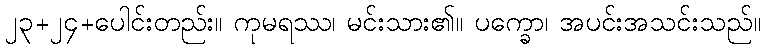
၂၃+၂၄+ပေါင်းတည်း။ ကုမရဿ၊ မင်းသား၏။ ပက္ခော၊ အပင်းအသင်းသည်။